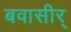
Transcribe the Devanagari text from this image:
बवासीर्